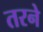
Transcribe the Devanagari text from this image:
तरने